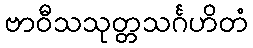
ဗာဝီသသုတ္တသင်္ဂဟိတံ